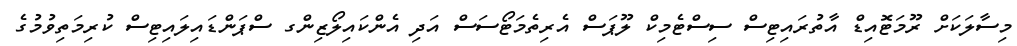
މިސާލަކަށް ރޫމަޓޮއިޑް އާތުރައިޓިސް ސިސްޓެމިކް ލޫޕަސް އެރިތެމަޓޯސަސް އަދި އެންކައިލޯޒިންގ ސްޕަންޑައިލައިޓިސް ކުރިމަތިވުމުގެ